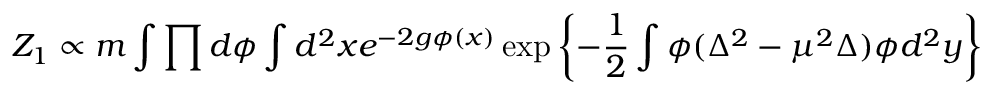
Z _ { 1 } \propto m \int \prod d \phi \int d ^ { 2 } x e ^ { - 2 g \phi ( x ) } \exp \left\{ - \frac { 1 } { 2 } \int \phi ( \Delta ^ { 2 } - \mu ^ { 2 } \Delta ) \phi d ^ { 2 } y \right\}